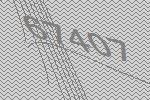
67407